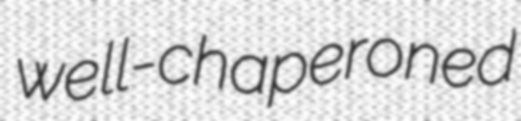
well-chaperoned